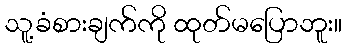
သူ့ခံစားချက်ကို ထုတ်မပြောဘူး။